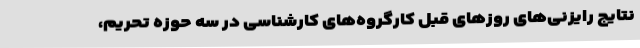
نتایج رایزنی‌های روزهای قبل کارگروه‌های کارشناسی در سه حوزه تحریم،